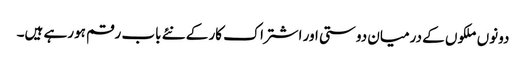
دونوں ملکوں کے درمیان دوستی اور اشتراک کار کے نئے باب رقم ہورہے ہیں۔